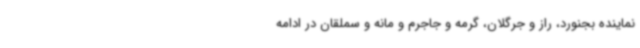
نماینده بجنورد، راز و جرگلان، گرمه و جاجرم و مانه و سملقان در ادامه